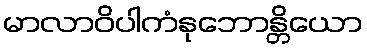
မာလာဝိပါကံနုဘောန္တိယော